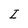
Character: I